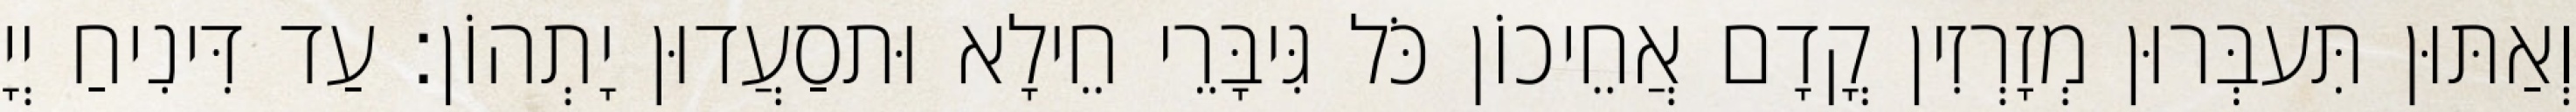
וְאַתּוּן תִּעבְּרוּן מְזָרְזִין קֳדָם אֲחֵיכוֹן כֹּל גִּיבָּרֵי חֵילָא וּתסַעֲדוּן יָתְהוֹן׃ עַד דִּינִיחַ יְיָ